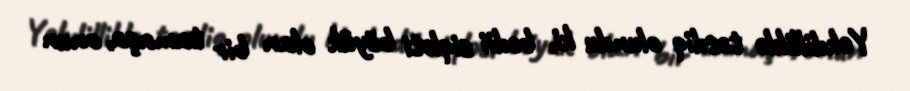
Yekdilliklə təsdiq olundu ki, bədii siqləti böyük olan bir tamaşa, onun